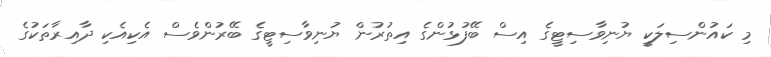
މި ކައުންސިލަކީ ޔުނިވާސިޓީގެ އިސް ބޭފުޅުންގެ އިތުރުން ޔުނިވާސިޓީގެ ބޭރުންވެސް އެކިއެކި ދާއިރާތަކުގެ